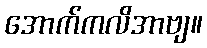
အောက်ကလိအာဗျ။